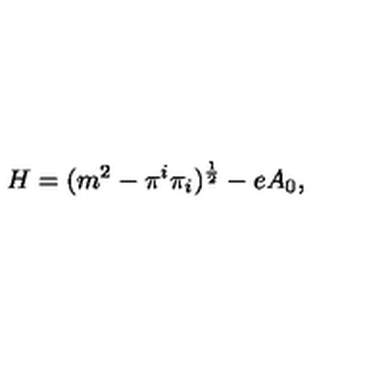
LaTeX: H = ( m ^ { 2 } - \pi ^ { i } \pi _ { i } ) ^ { { \frac { 1 } { 2 } } } - e A _ { 0 } ,